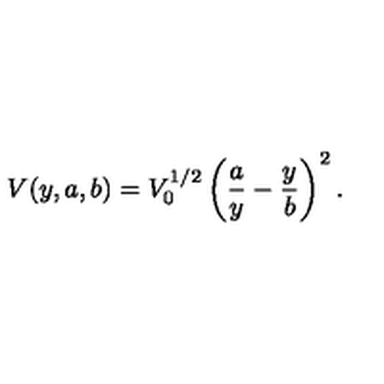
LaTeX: V ( y , a , b ) = V _ { 0 } ^ { 1 / 2 } \left( \frac { a } { y } - \frac { y } { b } \right) ^ { 2 } .